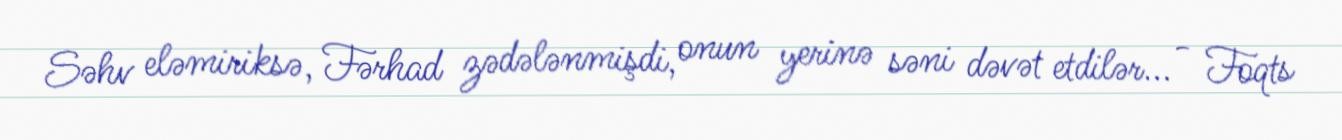
Səhv eləmiriksə, Fərhad zədələnmişdi, onun yerinə səni dəvət etdilər... - Foqts